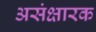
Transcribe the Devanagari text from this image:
असंक्षारक